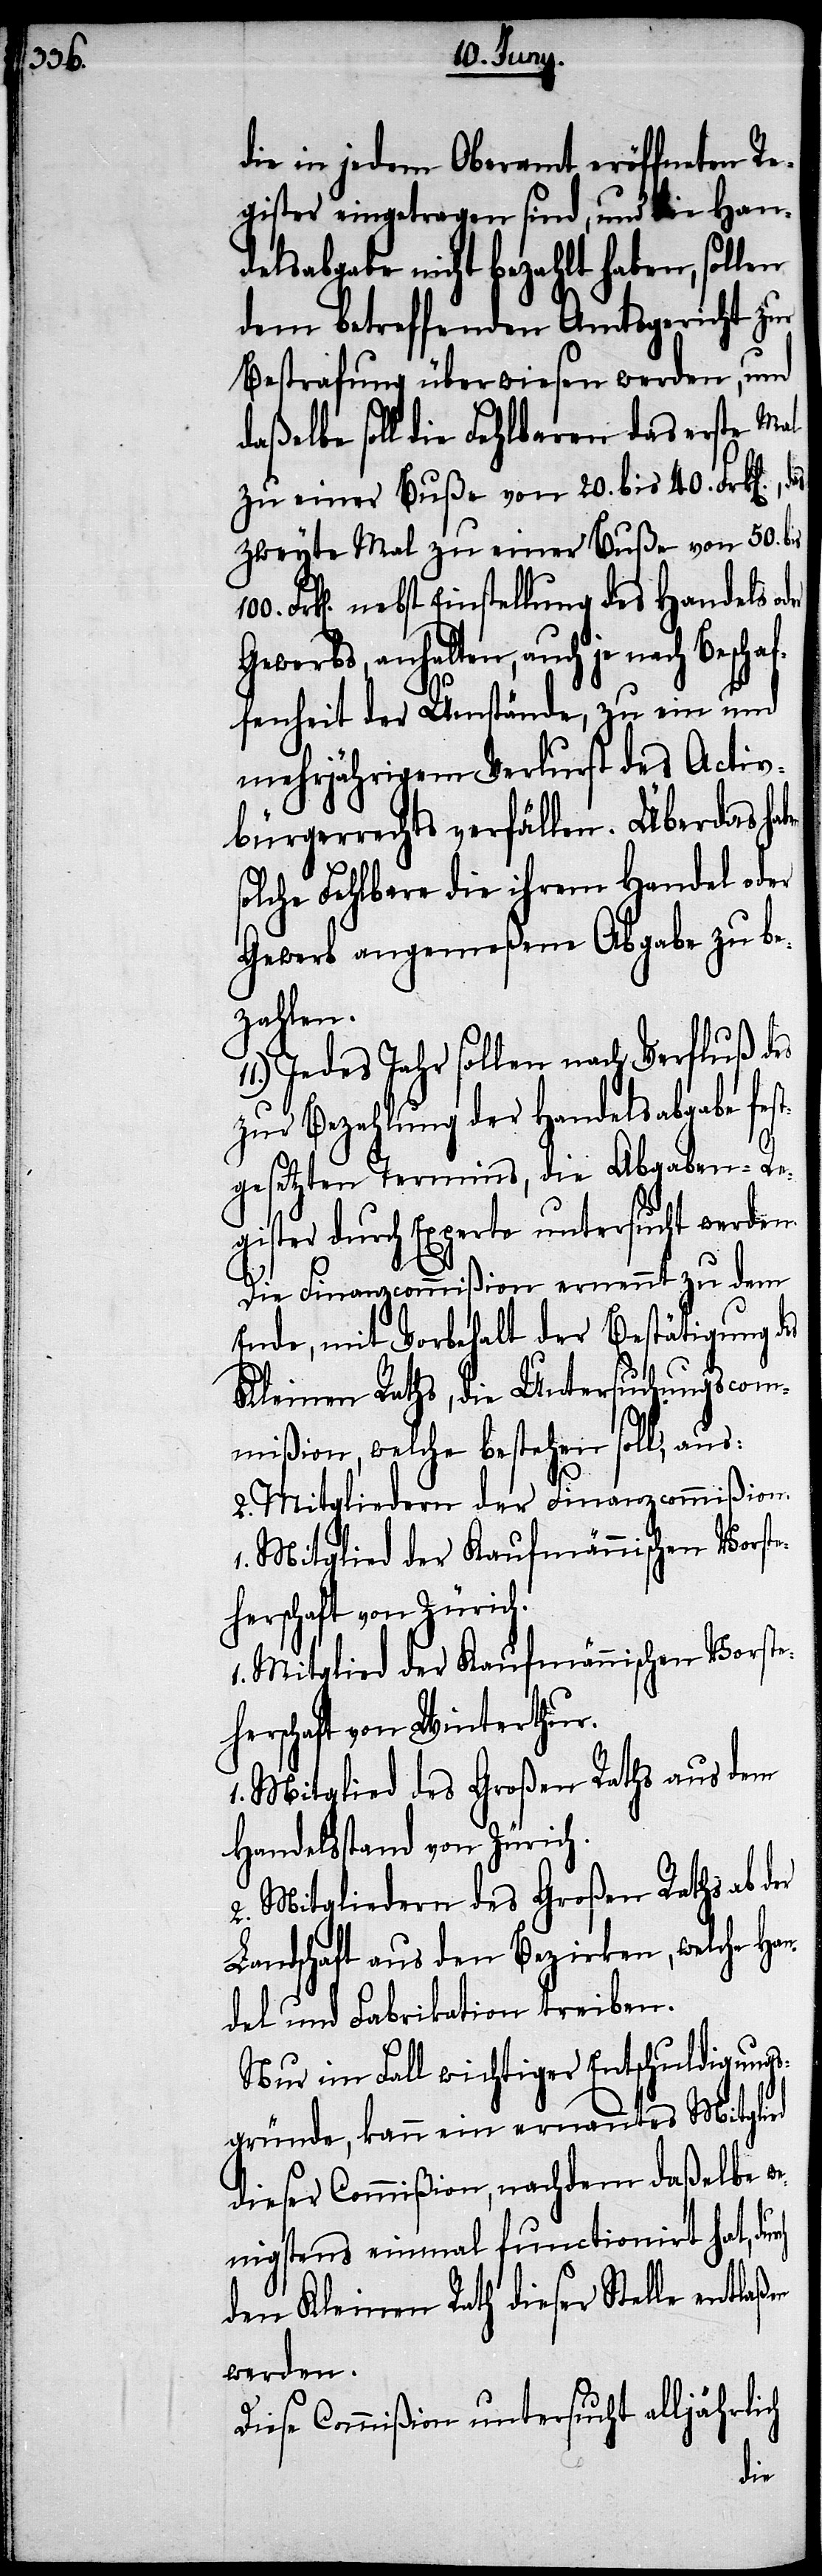
die in jedem Oberamt eröffneten Re¬
gister eingetragen sind, und die Hande¬
lsabgabe nicht bezahlt haben, sollen
dem betreffenden Amtsgericht zur
Bestrafung überwiesen werden, und
daßelbe soll die Fehlbaren das erste Mal
zu einer Buße von 20. bis 40. Frk[en].,
zweyte Mal zu einer Buße von 50.
Frk[en]. nebst Einstelllung des Handels o¬
Gewerbs, anhalten, auch je nach Beschaf¬
fenheit der Umstände, zu ein und
mehrjährigen Verlurst des Activ¬
bürgerrechts verfällen. Überdas ha¬
solche Fehlbare die ihrem Handel oder
Gewerb angemeßene Abgabe zu be¬
zahlen.
Jedes Jahr sollen nach Verfluß des
zur Bezahlung der Handelsabgabe fes¬
tgesetzten Termins, die Abgaben-Re¬
gister durch Experte untersucht werden.
Die Finanzcommißion ernennt zu dem
Ende, mit Vorbehalt der Bestätigung des
Kleinen Raths, die Untersuchungscom¬
mißion, welche bestehen soll, aus:
2. Mitgliedern der Finanzcommißion
herschaft von Zürich.
1. Mitglied der Kaufmännischen Vorste¬
herschaft von Winterthur.
1. Mitglied des Großen Raths aus dem
Handelstand von Zürich.
2. Mitgliedern des Großen Raths ab der
Landschaft aus den Bezirken, welche Han¬
del und Fabrikation treiben.
Nur im Fall wichtiger Entschuldigungs¬
gründe, kann ein ernanntes Mitglied
dieser Commißion, nachdem daßelbe w¬
enigstens einmal functionirt hat,
den Kleinen Rath dieser Stelle
werden.
Diese Commißion untersucht alljährlich
ben